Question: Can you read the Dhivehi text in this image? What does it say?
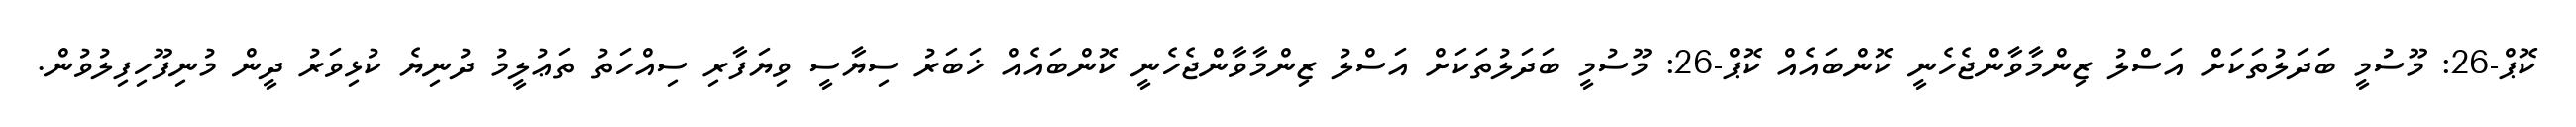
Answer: ކޮޕް-26: މޫސުމީ ބަދަލުތަކަށް އަސްލު ޒިންމާވާންޖެހެނީ ކޮންބައެއް ކޮޕް-26: މޫސުމީ ބަދަލުތަކަށް އަސްލު ޒިންމާވާންޖެހެނީ ކޮންބައެއް ޚަބަރު ސިޔާސީ ވިޔަފާރި ސިއްހަތު ތަޢުލީމު ދުނިޔެ ކުޅިވަރު ދީން މުނިފޫހިފިލުވުން.